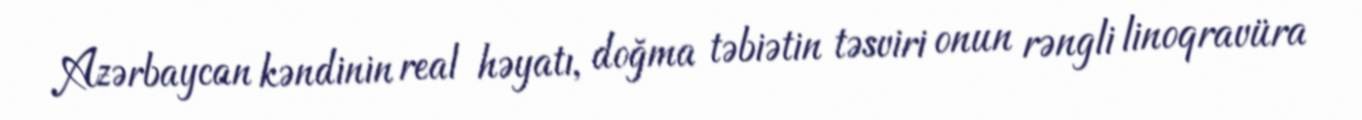
Azərbaycan kəndinin real həyatı, doğma təbiətin təsviri onun rəngli linoqravüra